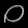
Digit: ၀